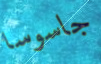
جاسوسا